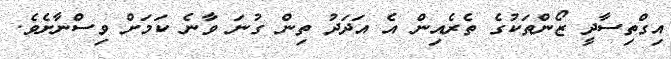
އިގްތިސާދީ ޒޯންތަކުގެ ތެރެއިން އެ އަދަދު ތިން ގުނަ ވާނެ ކަމަށް ވިސްނާށެވެ.